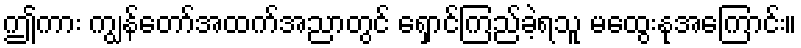
ဤကား ကျွန်တော်အထက်အညာတွင် ရှောင်ကြည်ခဲ့ရသူ မထွေးနုအကြောင်း။